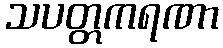
သပတ္တကရဏာ